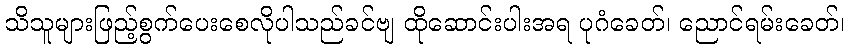
သိသူများဖြည့်စွက်ပေးစေလိုပါသည်ခင်ဗျ ထိုဆောင်းပါးအရ ပုဂံခေတ်၊ ညောင်ရမ်းခေတ်၊